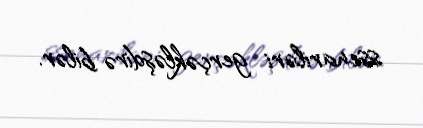
ssenariləri gerçəkləşdirə bilər.